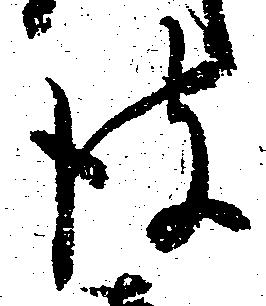
彼